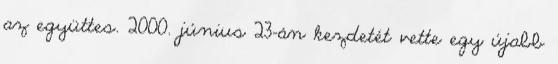
az együttes. 2000. június 23-án kezdetét vette egy újabb